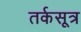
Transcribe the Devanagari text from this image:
तर्कसूत्र